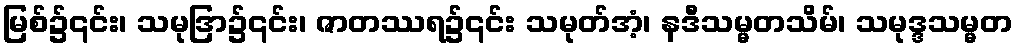
မြစ်၌၎င်း၊ သမုဒြာ၌၎င်း၊ ဇာတဿရ၌၎င်း သမုတ်အံ့၊ နဒီသမ္မတသိမ်၊ သမုဒ္ဒသမ္မတ